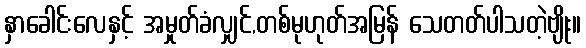
နှာခေါင်းလေနှင့် အမှုတ်ခံလျှင်,တစ်မုဟုတ်အမြန် သေတတ်ပါသတဲ့ဗျိုး။